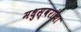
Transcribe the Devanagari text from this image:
मधुस्वरांचा